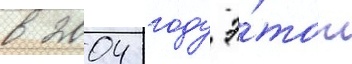
в 2004 году э́тот